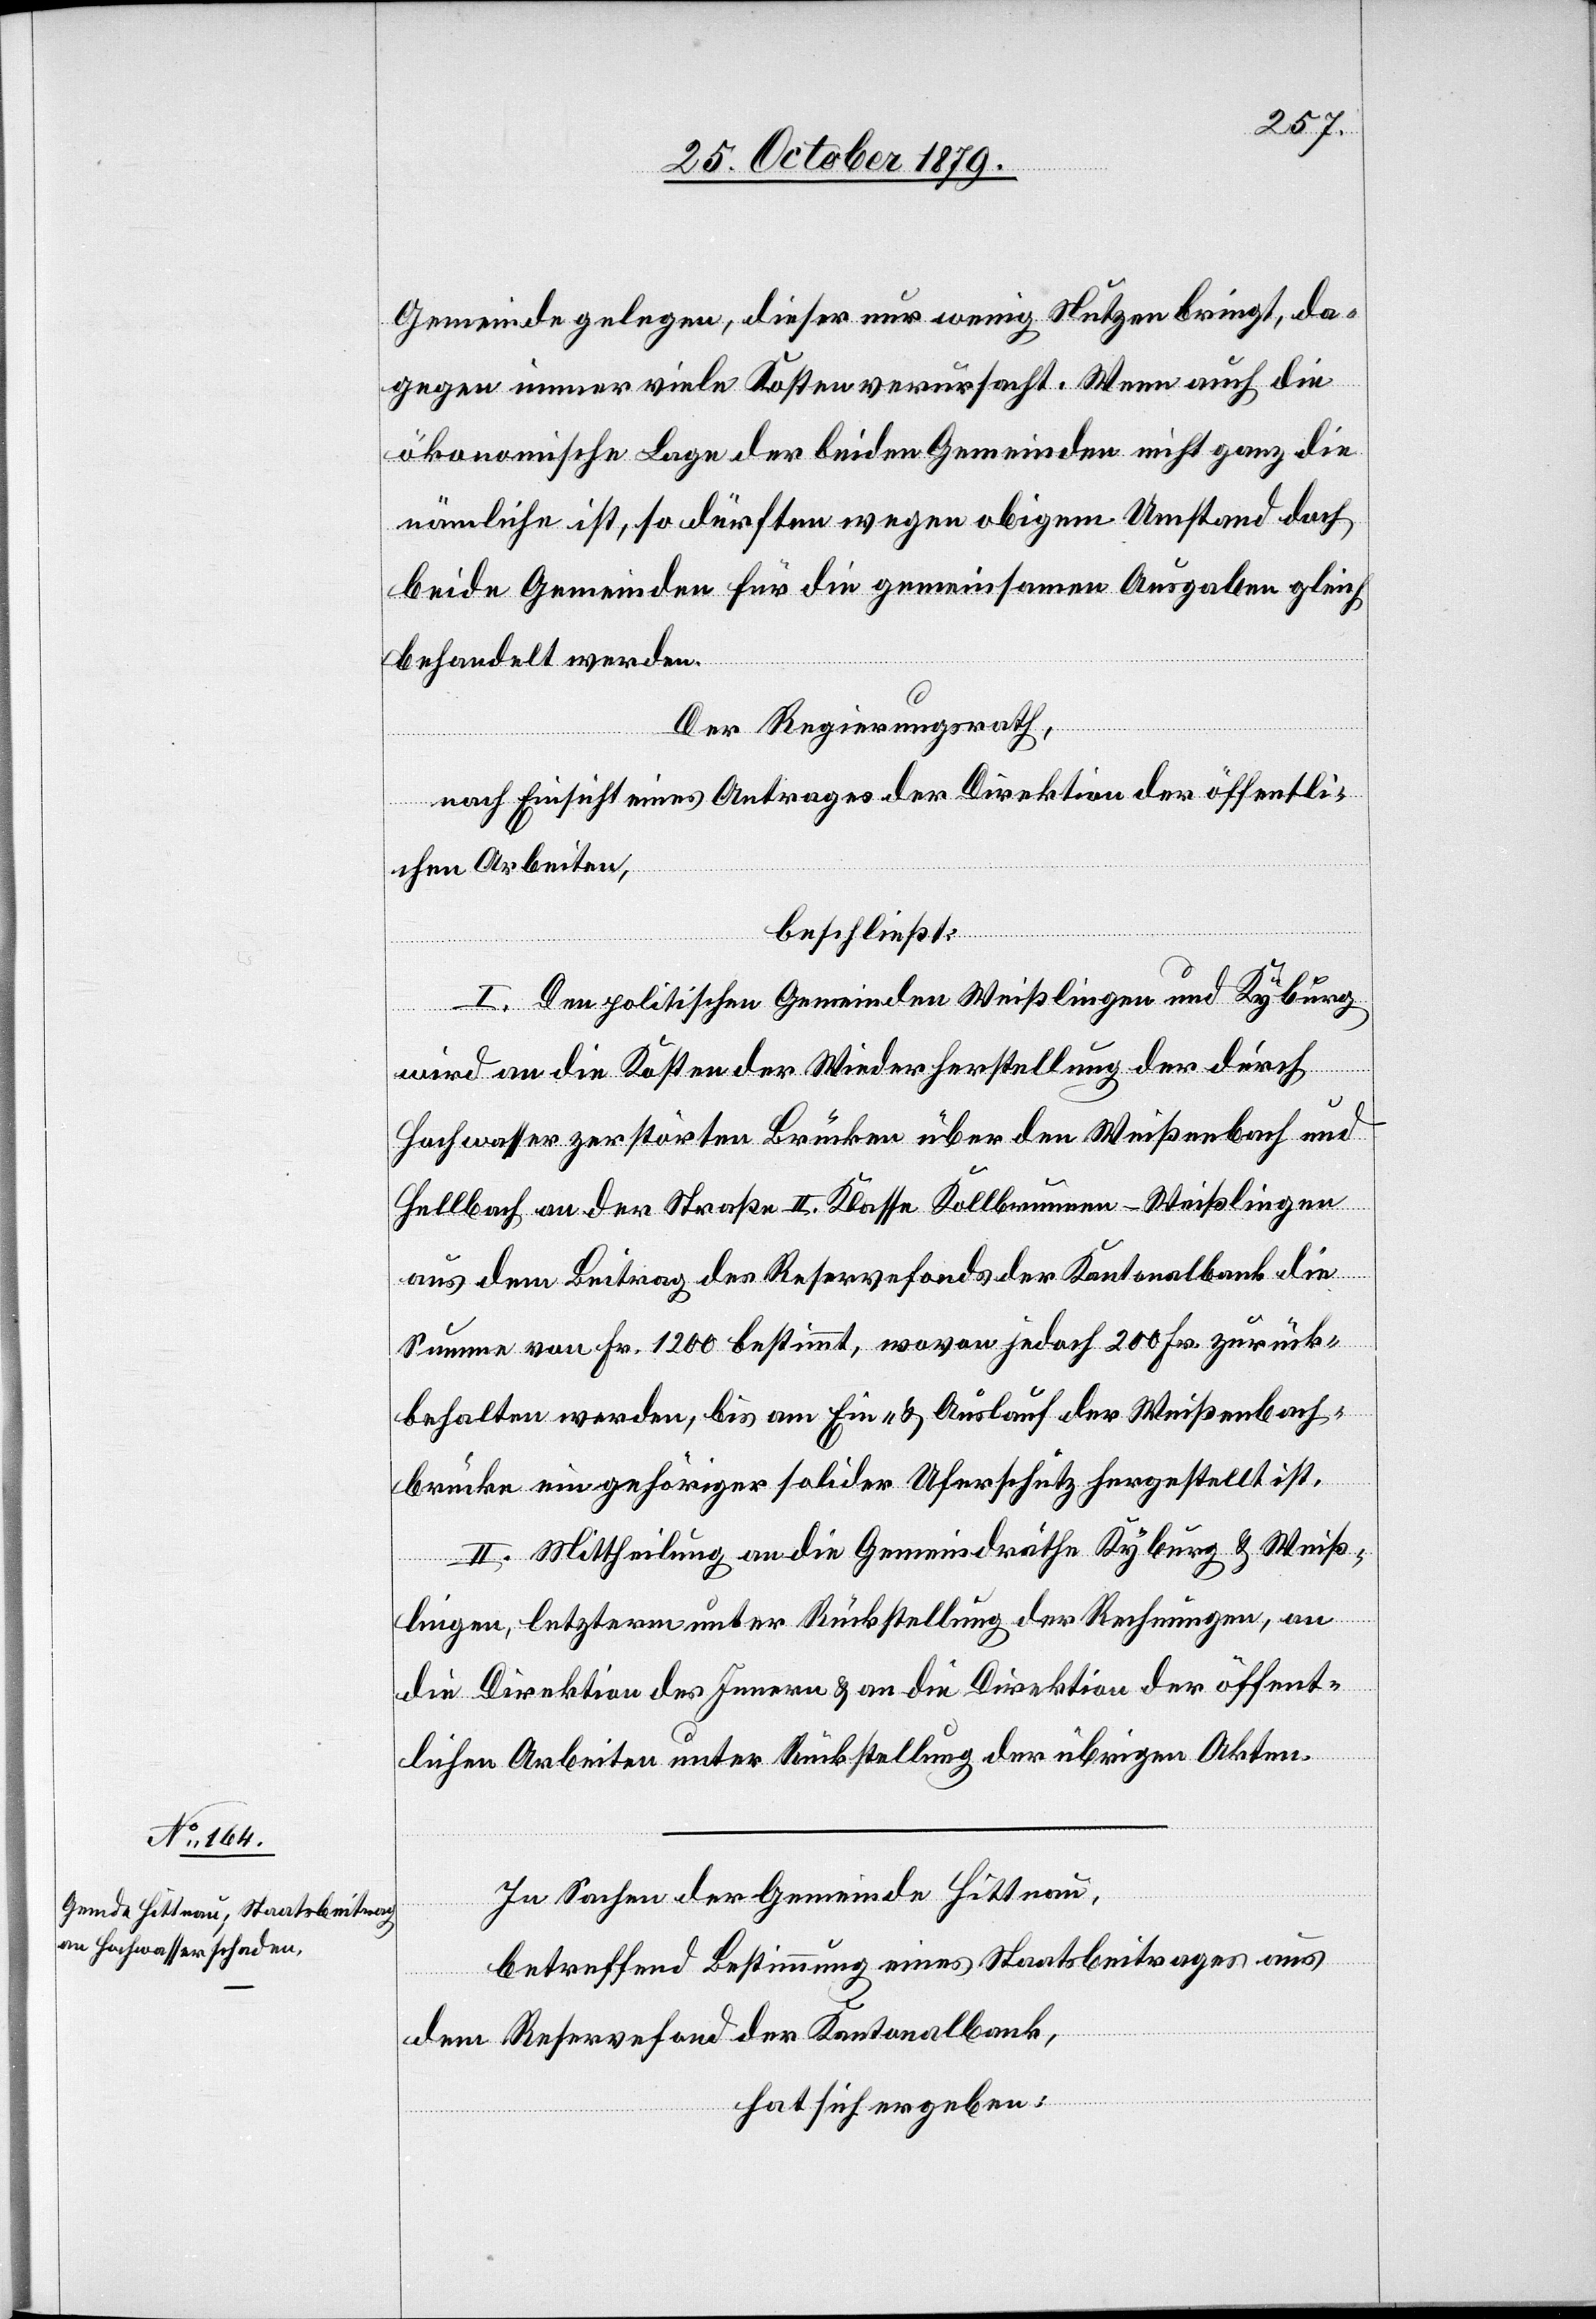
Gemeinde gelegen, dieser nur wenig Nutzen bringt, da¬
gegen immer viele Kosten verursacht. Wenn auch die
ökonomische Lage der beiden Gemeinden nicht ganz die
nämliche ist, so dürften wegen obigem Umstand doch
beide Gemeinden für die gemeinsamen Ausgaben gleich
behandelt werden.
Der Regierungsrath,
nach Einsicht eines Antrages der Direktion der öffentli¬
chen Arbeiten,
beschließt:
I. Den politischen Gemeinden Weißlingen und Kyburg
wird an die Kosten der Wiederherstellung der durch
Hochwasser zerstörten Brücken über den Weißenbach und
Hellbach an der Straße II. Klasse Kollbrunnen–Weißlingen
aus dem Beitrag des Reservefonds der Kantonalbank die
Summe von Fr. 1200 bestimmt, wovon jedoch 200 Fr. zurück¬
behalten werden, bis am Ein- & Auslauf der Weißenbach¬
brücke ein gehöriger solider Uferschutz hergestellt ist.
II. Mittheilung an die Gemeindräthe Kyburg & Weiß¬
lingen, letzterm unter Rückstellung der Rechnungen, an
die Direktion des Innern & an die Direktion der öffent¬
lichen Arbeiten unter Rückstellung der übrigen Akten.
In Sachen der Gemeinde Hittnau,
betreffend Bestimmung eines Staatsbeitrages aus
dem Reservefond der Kantonalbank,
hat sich ergeben: